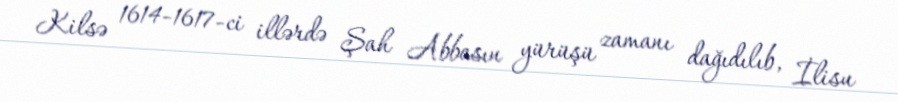
Kilsə 1614-1617-ci illərdə Şah Abbasın yürüşü zamanı dağıdılıb, İlisu